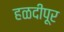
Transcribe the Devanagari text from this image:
हळदीपूर